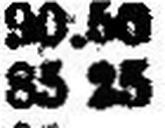
85.25